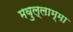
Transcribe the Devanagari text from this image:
मवुल्लाम्मा